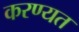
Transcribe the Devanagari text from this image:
करण्यत